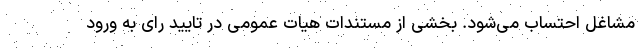
مشاغل احتساب می‌شود. بخشی از مستندات هیات عمومی در تایید رای به ورود